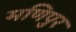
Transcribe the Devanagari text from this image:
मणिपुर